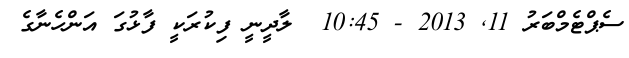
ސެޕްޓެމްބަރު 11